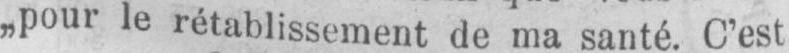
„pour le rétablissement de ma santé. C’est